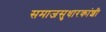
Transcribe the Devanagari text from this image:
समाजसुधारकांशी